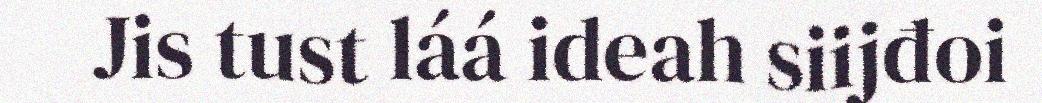
Jis tust láá ideah siijđoi